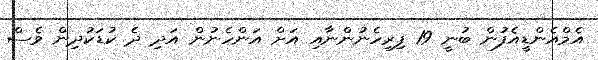
އެމްއެންޑީއެފުން ބުނީ 19 ފިރިހެނުންނާއި އަށް އަންހެނުން އަދި ދެ ކުޑަކުދިން ވެސް